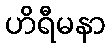
ဟိရီမနာ